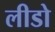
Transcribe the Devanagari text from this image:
लीडो